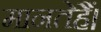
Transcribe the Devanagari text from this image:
मानतेहैं।